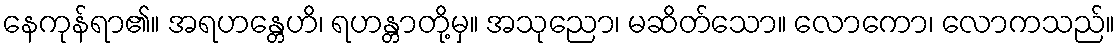
နေကုန်ရာ၏။ အရဟန္တေဟိ၊ ရဟန္တာတို့မှ။ အသုညော၊ မဆိတ်သော။ လောကော၊ လောကသည်။